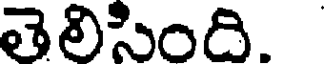
తెలిసింది.